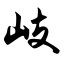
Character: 岐